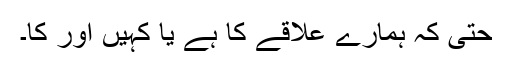
حتیٰ کہ ہمارے علاقے کا ہے یا کہیں اور کا۔